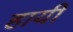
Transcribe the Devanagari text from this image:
हायी